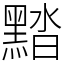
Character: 䵬